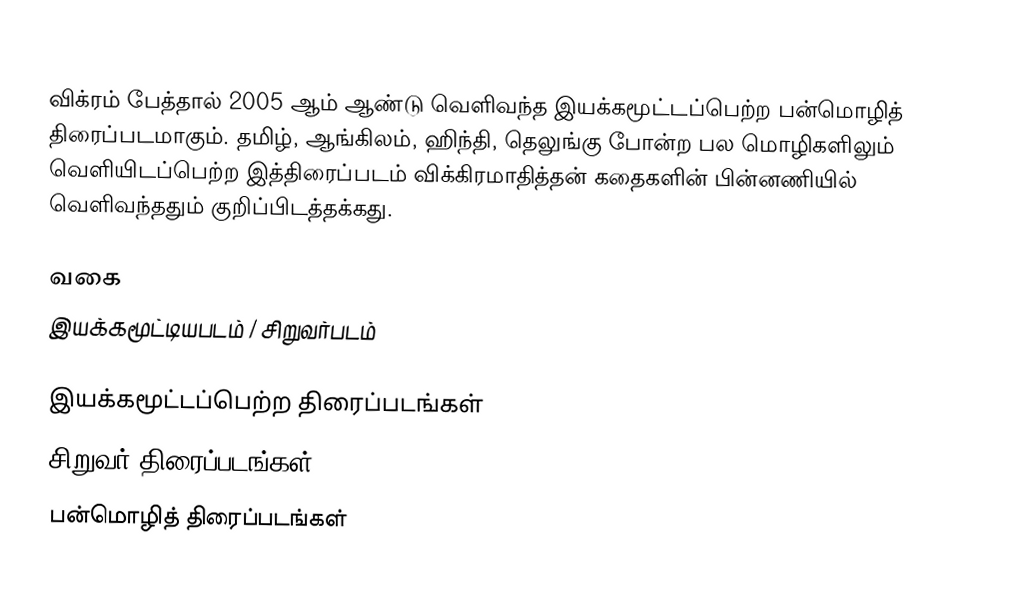
விக்ரம் பேத்தால் 2005 ஆம் ஆண்டு வெளிவந்த இயக்கமூட்டப்பெற்ற பன்மொழித் திரைப்படமாகும். தமிழ், ஆங்கிலம், ஹிந்தி, தெலுங்கு போன்ற பல மொழிகளிலும் வெளியிடப்பெற்ற இத்திரைப்படம் விக்கிரமாதித்தன் கதைகளின் பின்னணியில் வெளிவந்ததும் குறிப்பிடத்தக்கது.

வகை
இயக்கமூட்டியபடம் / சிறுவர்படம்

இயக்கமூட்டப்பெற்ற திரைப்படங்கள்
சிறுவர் திரைப்படங்கள்
பன்மொழித் திரைப்படங்கள்